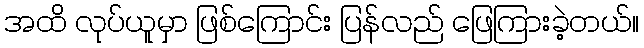
အထိ လုပ်ယူမှာ ဖြစ်ကြောင်း ပြန်လည် ဖြေကြားခဲ့တယ်။